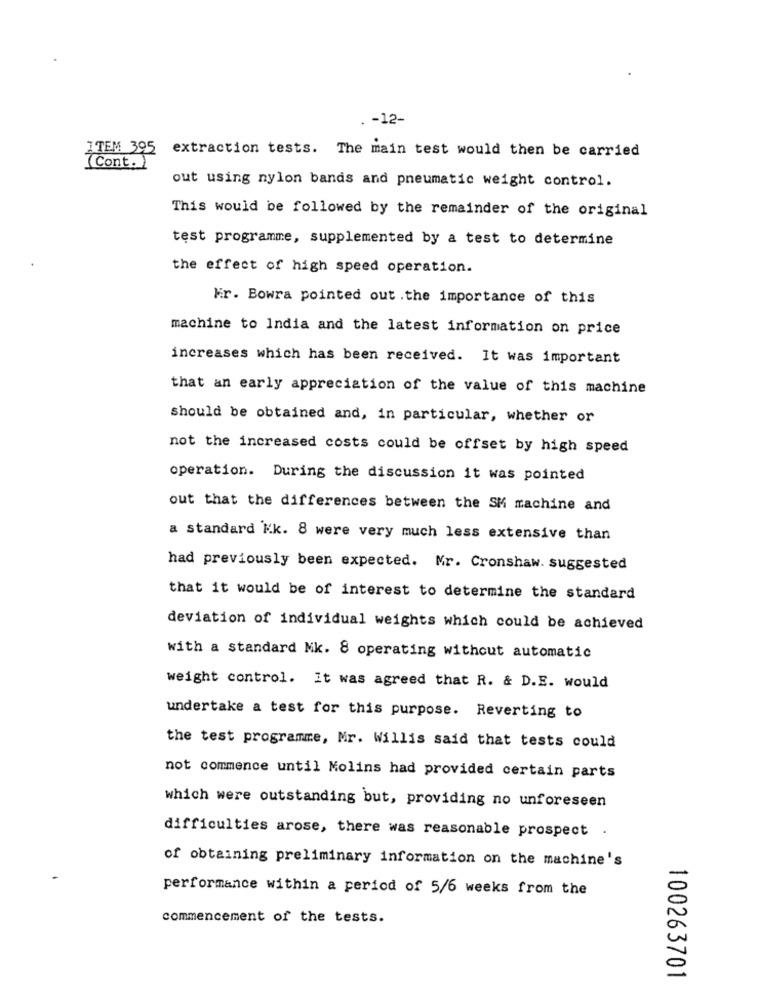
. - 12-
ITEM 395 extraction tests. The main test would then be carried
(Cont. )
out using nylon bands and pneumatic weight control.
This would be followed by the remainder of the original
test programme, supplemented by a test to determine
the effect of high speed operation.
Mir. Bowra pointed out . the importance of this
machine to India and the latest information on price
increases which has been received. It was important
that an early appreciation of the value of this machine
should be obtained and, in particular, whether or
not the increased costs could be offset by high speed
operation. During the discussion it was pointed
out that the differences between the SM machine and
a standard Mk. 8 were very much less extensive than
had previously been expected. Mr. Cronshaw. suggested
that it would be of interest to determine the standard
deviation of individual weights which could be achieved
with a standard Mk. 8 operating without automatic
weight control. It was agreed that R. & D.E. would
undertake a test for this purpose. Reverting to
the test programme, Mr. Willis said that tests could
not commence until Molins had provided certain parts
which were outstanding but, providing no unforeseen
difficulties arose, there was reasonable prospect .
of obtaining preliminary information on the machine's
performance within a period of 5/6 weeks from the
commencement of the tests.
100263701